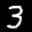
Label: 3